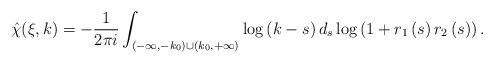
LaTeX: \begin{align*} \hat{\chi}(\xi,k)=-\frac{1}{2\pi i}\int_{(-\infty,-k_0)\cup(k_0,+\infty)}\log\left(k-s\right)d_{s}\log\left(1+r_1\left(s\right)r_2\left(s\right)\right).\end{align*}